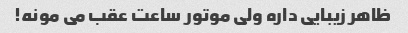
ظاهر زیبایی داره ولی موتور ساعت عقب می مونه!